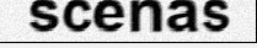
scenas